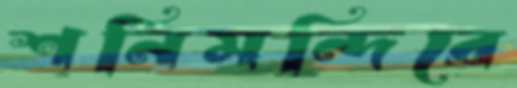
শনিমন্দিরে